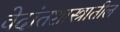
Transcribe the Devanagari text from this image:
वेदांतशास्त्रातील